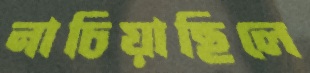
নাচিয়াছিলে